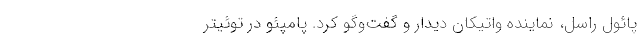
پائول راسل، نماینده واتیکان دیدار و گفت‌وگو کرد. پامپئو در توئیتر